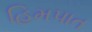
હિમપાત